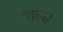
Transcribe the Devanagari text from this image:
साकार्या